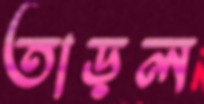
তাড়ল